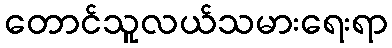
တောင်သူလယ်သမားရေးရာ